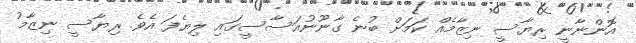
އޮންނާނީ ރިޔާސީ ނިޒާމެއް ކަމަށް ބުނެ ގާނޫނުއަސާސީގައި ލިޔެފަ އެވެ. ރިޔާސީ ނިޒާމު